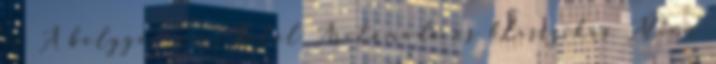
jó A bolygó neve: Halál Arctámadó és klasszikus Alien